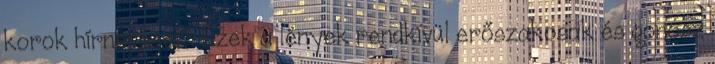
korok hírnevesei". Ezek a lények rendkívül erőszakosak és gonosz